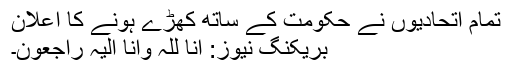
تمام اتحادیوں نے حکومت کے ساتھ کھڑے ہونے کا اعلان
بریکنگ نیوز: اِنّا لِلُٰہِ وَاِنّا اِلَیہِ رَاجِعُون۔